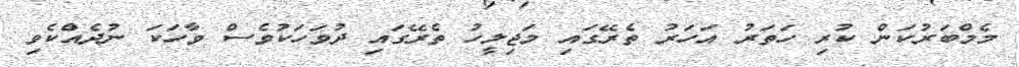
މެމްބަރުކަން ކުރި ހަތަރު އަހަރު ތެރޭގައި މަޖިލީހު ތެރޭގައި ދުވަހަކުވެސް ވާހަކަ ނުދެއްކެވި